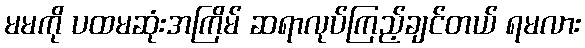
မမကို ပထမဆုံးအကြိမ် ဆရာလုပ်ကြည့်ချင်တယ် ရမလား